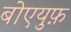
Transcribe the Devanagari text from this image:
बोएयुफ़